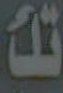
تك